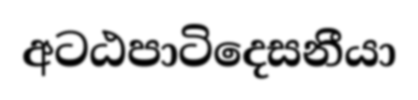
අටඨපාටිදෙසනීයා